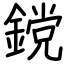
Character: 鎲